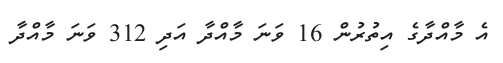
އެ މާއްދާގެ އިތުރުން 16 ވަނަ މާއްދާ އަދި 312 ވަނަ މާއްދާ